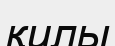
қилы